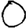
Digit: 0